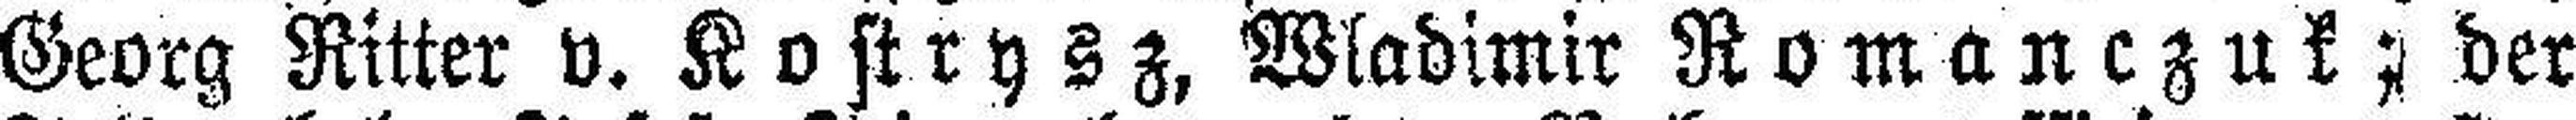
Georg Ritter v. Kostrysz, Wladimir Romanczuk; der